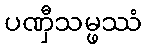
ပဏှီသမ္ဖဿံ